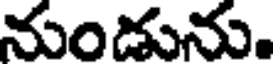
నుండును.